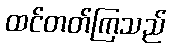
ထင်တတ်ကြသည်